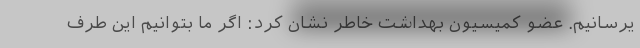
یرسانیم. عضو کمیسیون بهداشت خاطر نشان کرد: اگر ما بتوانیم این طرف